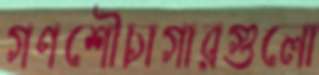
গণশৌচাগারগুলো